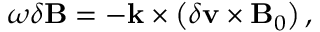
\begin{array} { r } { \omega \delta \mathbf { B } = - \mathbf { k } \times \left( \delta \mathbf { v } \times \mathbf { B } _ { 0 } \right) , } \end{array}